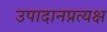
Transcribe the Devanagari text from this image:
उपादानप्रत्यक्ष